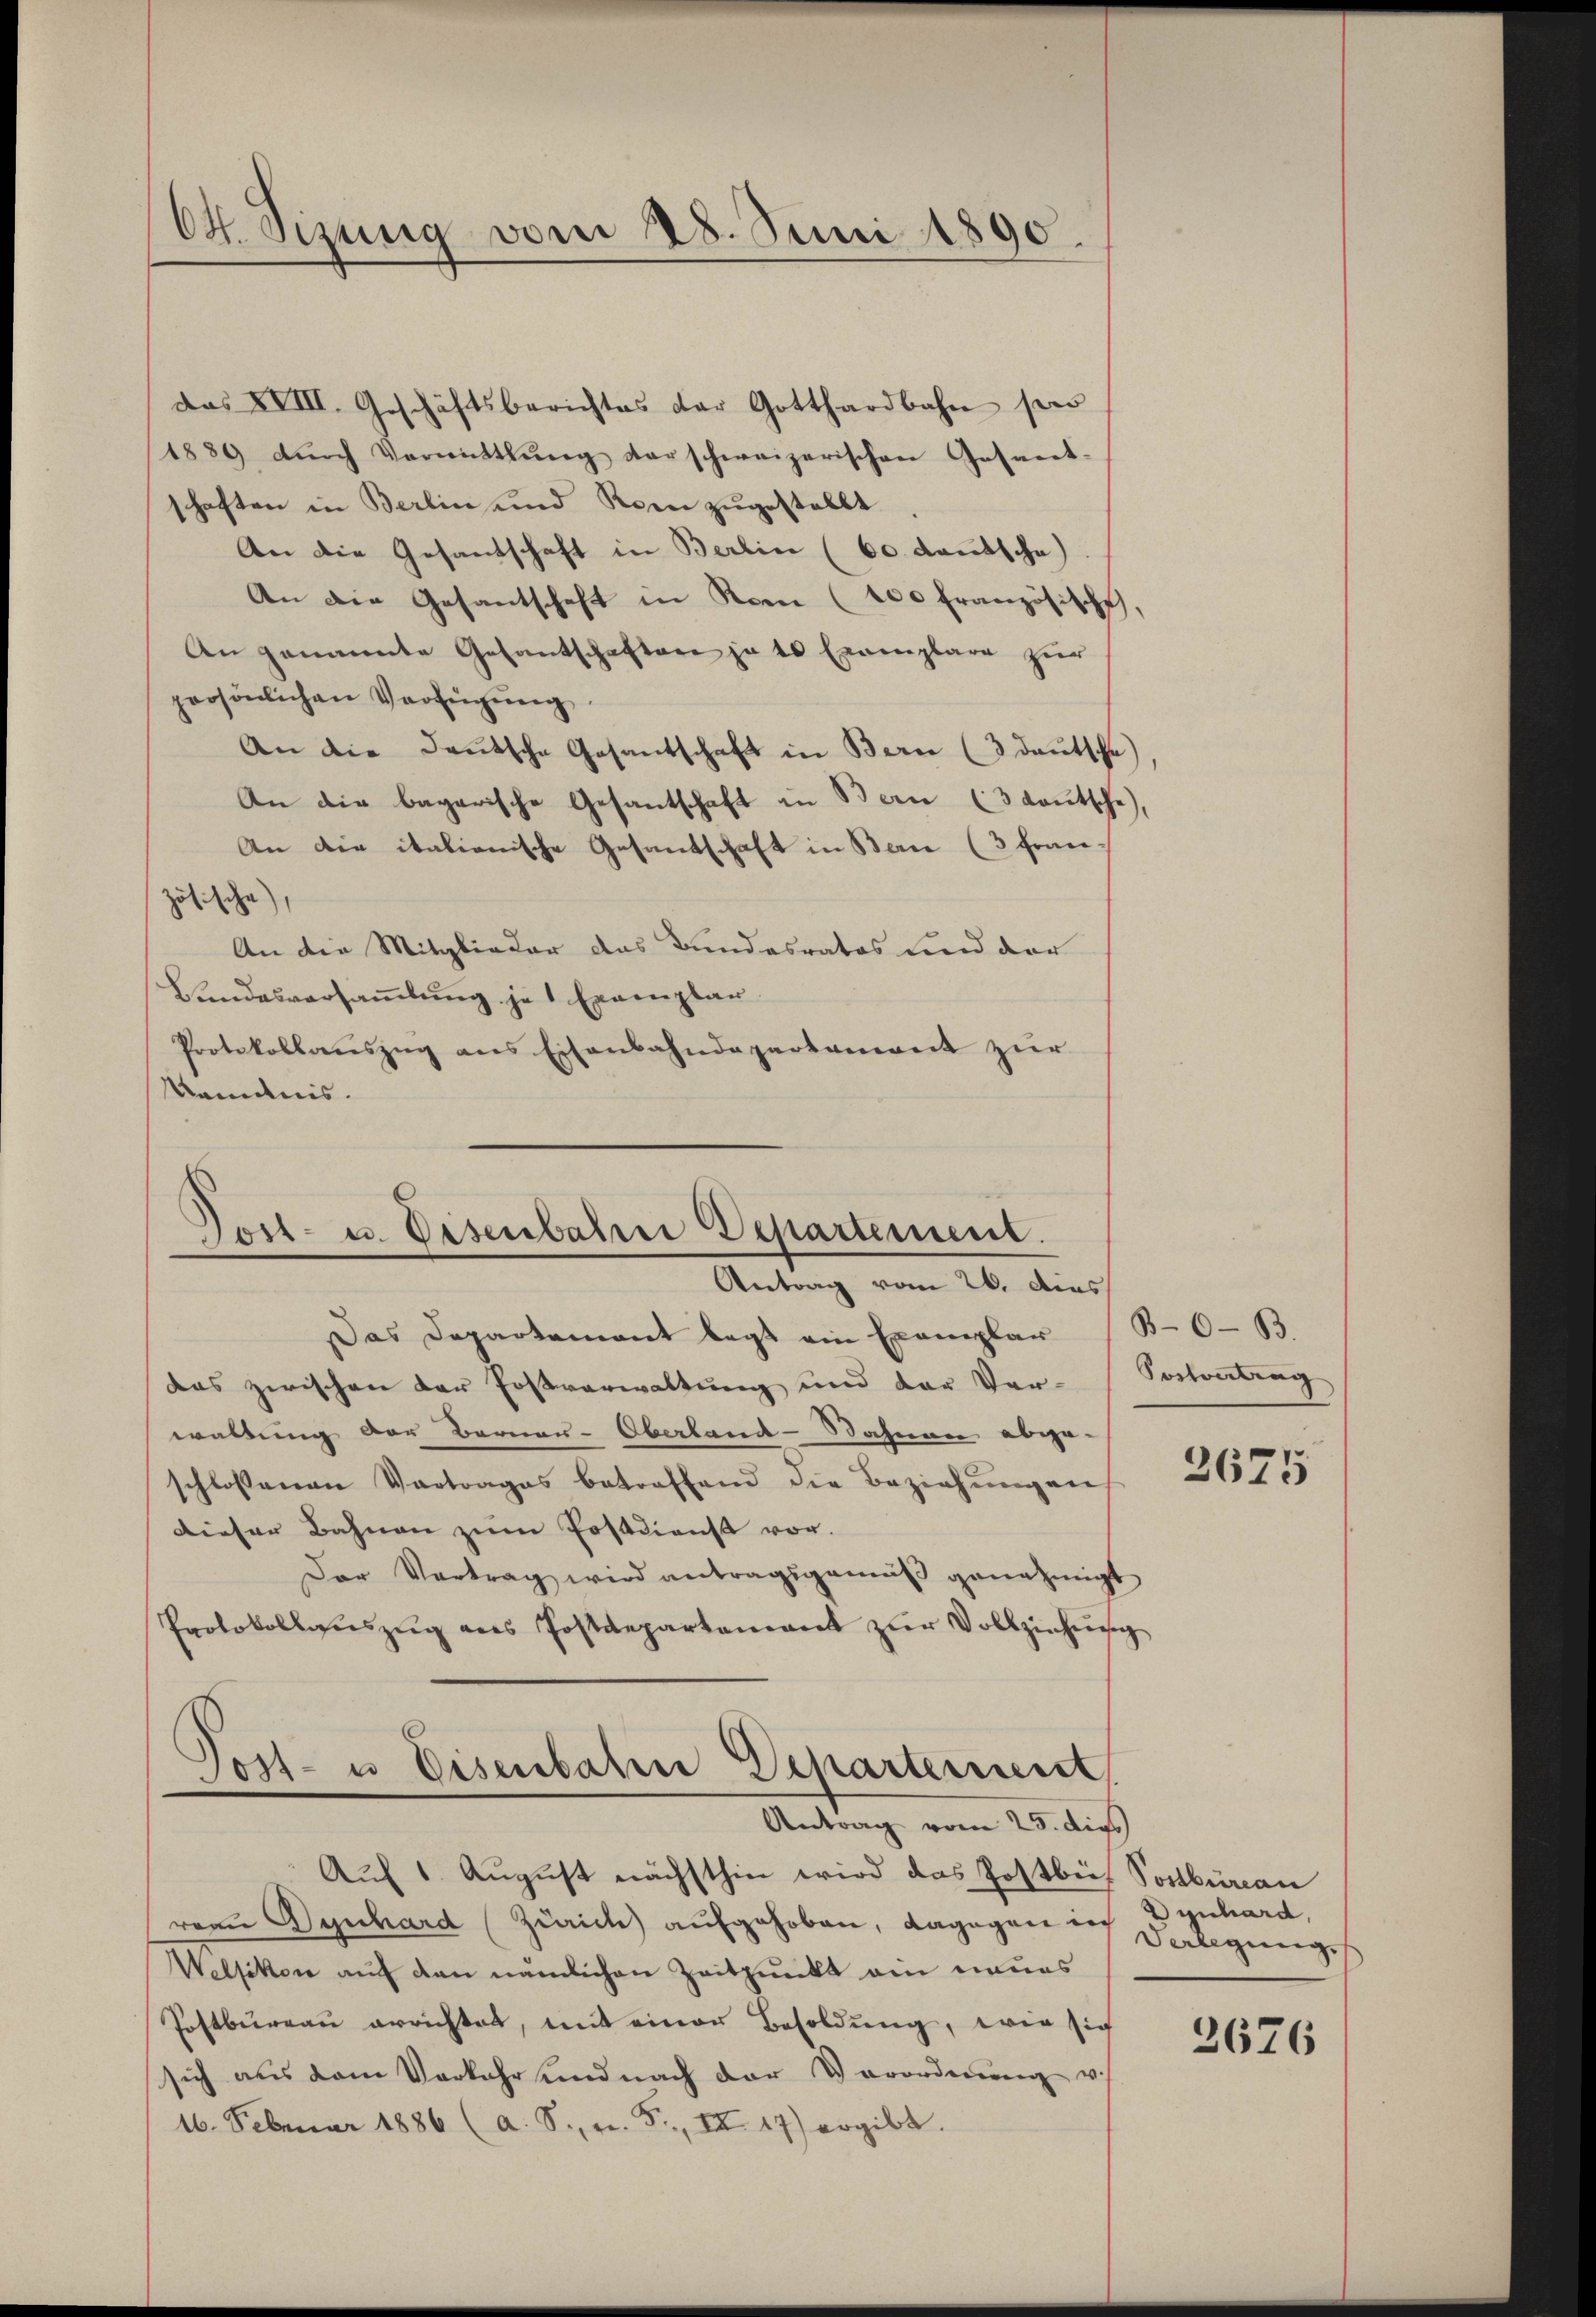
64. Sizung vom 28. Juni 1890.

das XVIII. Geschäftsberichtes der Gotthardbahn pro
1889 dŭrch Vermittlung darschweizerischen Gesandt-
schaften in Berlin und Korn zugestellt
An die Gesandschaft in Berlin (60. deutsche
An die Gesantschaft in Rom (100 französische,
An genannte Gesantschaftere ja es Exemplare zur
persönlichen Verfügung.
An die deutsche Gesantschaft in Bern (3 deutsche)
An die bagarische Gesantschaft in Bern (3 deŭtsche,
An die italionische Gesandschaft in Bern (3 Französische,
An die Mitglieder das Bundesrates und der
Landesversamlung je 1 Exemplar
Protokollauszug aus Eisenbahndepartament zur
kanntnis.

Gost- u. Disenbahrer Departement.
Antrag vom 26. dens

Das Departement legt ein Exemplar
das zwischen der Fostverwaltung und der Ver-Sostontrag
waltung der Bernau-Oberland-Nahnen abge-
schlossenen Vertrages betreffend die Beziehŭngen
dieser Bahnen zŭm Postdienst vor.
Der Vertrag wird antragsgemäß genehmigt
Protokollaŭszŭg ans Postdepartamant zŭr Vollziehŭng
Jost- u Eisenbahre Departement
Antrag vom 25. dies
Auf 1. August nächsthin wird das Postbuch Postburcar
rau Dynhard Zürich aufgehoben, dagegen ich Dynhard,
Weltikon auf den nämlichen Zeitpunkt ein neues
Postbureau errichtet, mit einer Besoldung, wie sich
sich aus dem Verkehr und nach der Verordnŭng v.
16. Februar 1886 (a. S. v. 5., II 47) ergibt.

B-0-B.

2675

Verlegung

2676